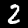
Digit: 2